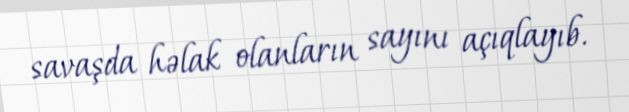
savaşda həlak olanların sayını açıqlayıb.